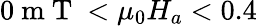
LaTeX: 0\mathrm{~m~T~}<\mu_{0}H_{a}<0.4